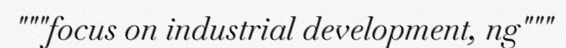
"""focus on industrial development, ng"""